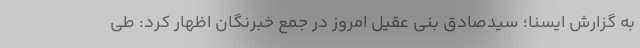
به گزارش ایسنا؛ سیدصادق بنی عقیل امروز در جمع خبرنگان اظهار کرد: طی